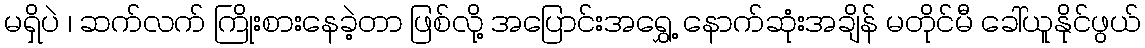
မရှိပဲ ၊ ဆက်လက် ကြိုးစားနေခဲ့တာ ဖြစ်လို့ အပြောင်းအရွှေ့ နောက်ဆုံးအချိန် မတိုင်မီ ခေါ်ယူနိုင်ဖွယ်